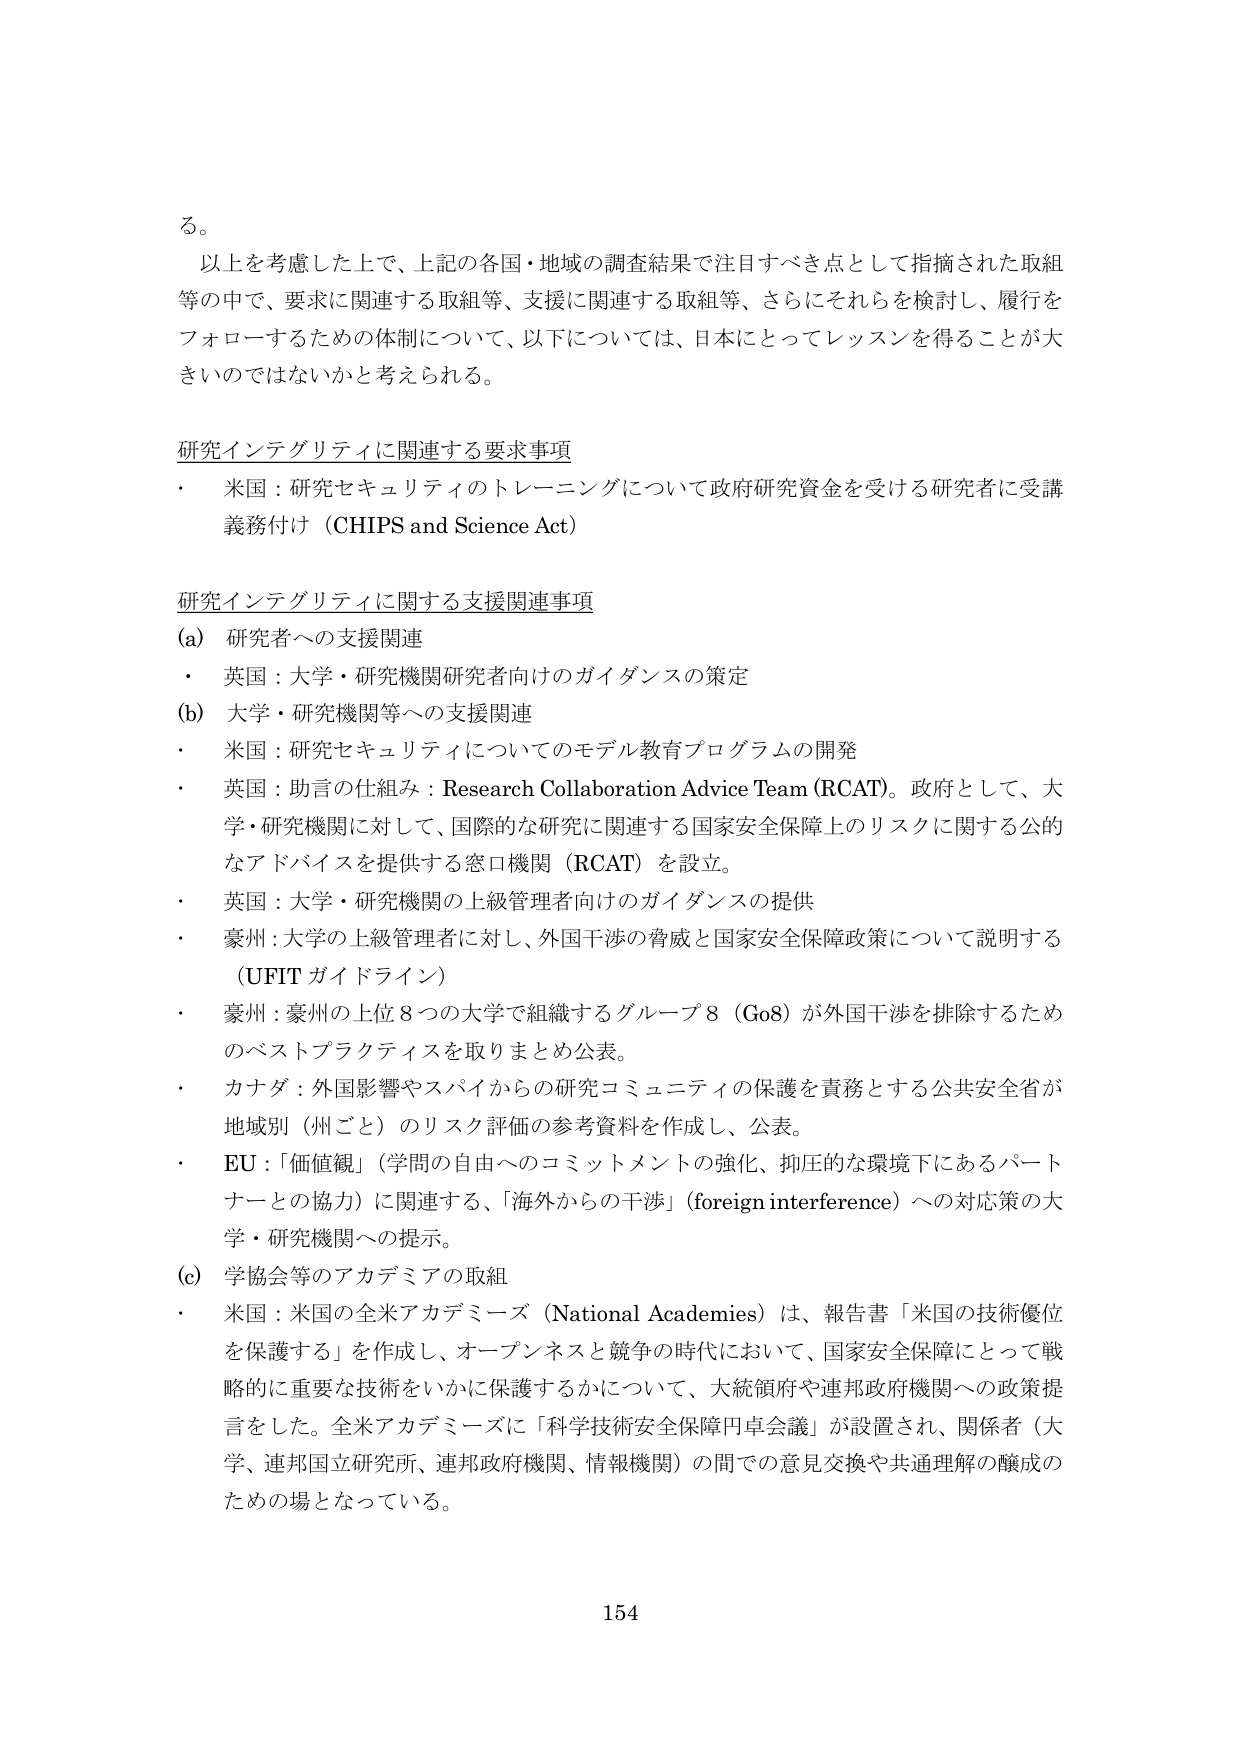
る。

以上を考慮した上で、上記の各国・地域の調査結果で注目すべき点として指摘された取組等の中で、要求に関連する取組等、支援に関連する取組等、さらにそれらを検討し、履行をフォローするための体制について、以下については、日本にとってレッスンを得ることが大きいのではないかと考えられる。

研究インテグリティに関連する要求事項
・ 米国：研究セキュリティのトレーニングについて政府研究資金を受ける研究者に受講義務付け（CHIPS and Science Act）

研究インテグリティに関連する支援関連事項
(a) 研究者への支援関連
・ 英国：大学・研究機関研究者向けのガイダンスの策定
(b) 大学・研究機関等への支援関連
・ 米国：研究セキュリティについてのモデル教育プログラムの開発
・ 英国：助言の仕組み：Research Collaboration Advice Team (RCAT)。政府として、大学・研究機関に対して、国際的な研究に関連する国家安全保障上のリスクに関する公的なアドバイスを提供する窓口機関（RCAT）を設立。
・ 英国：大学・研究機関の上級管理者向けのガイダンスの提供
・ 豪州：大学の上級管理者に対し、外国干渉の脅威と国家安全保障政策について説明する（UFIT ガイドライン）
・ 豪州：豪州の上位８つの大学で組織するグループ８（Go8）が外国干渉を排除するためのベストプラクティスを取りまとめ公表。
・ カナダ：外国影響やスパイからの研究コミュニティの保護を責務とする公共安全省が地域別（州ごと）のリスク評価の参考資料を作成し、公表。
・ EU：「価値観」（学問の自由へのコミットメントの強化、抑圧的な環境下にあるパートナーとの協力）に関連する、「海外からの干渉」（foreign interference）への対応策の大学・研究機関への提示。
(c) 学協会等のアカデミアの取組
・ 米国：米国の全米アカデミーズ（National Academies）は、報告書「米国の技術優位を保護する」を作成し、オープンネスと競争の時代において、国家安全保障にとって戦略的に重要な技術をいかに保護するかについて、大統領府や連邦政府機関への政策提言をした。全米アカデミーズに「科学技術安全保障円卓会議」が設置され、関係者（大学、連邦国立研究所、連邦政府機関、情報機関）の間での意見交換や共通理解の醸成のための場となっている。

154